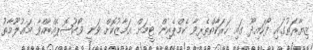
ޒިޔާރަތުގައި ފޯކައިދޫ ގައި ހަރަކާތްތެރިވާ ކެމްޕެއިން ޓީމަށް އަމާޒުކޮށް ވަނީ ވޯކުޝޮޕެއްބާއްވާ މަޢުލޫމާތު